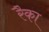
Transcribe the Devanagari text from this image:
रैका